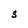
Character: S